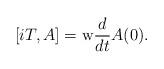
LaTeX: \begin{align*}[iT,A]=\mathrm{w}\frac{d}{dt}A(0).\end{align*}